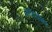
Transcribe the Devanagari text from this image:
फादयेमंद